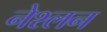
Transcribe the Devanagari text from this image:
नेश्लन